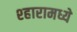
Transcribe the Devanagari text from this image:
श्हारामध्ये